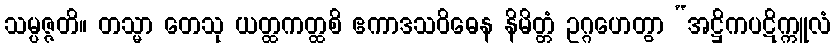
သမ္ပဇ္ဇတိ။ တသ္မာ တေသု ယတ္ထကတ္ထစိ ဧကာဒသဝိဓေန နိမိတ္တံ ဥဂ္ဂဟေတွာ “အဋ္ဌိကပဋိက္ကူလံ